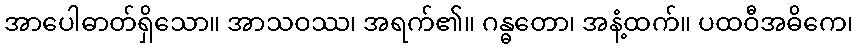
အာပေါဓာတ်ရှိသော။ အာသဝဿ၊ အရက်၏။ ဂန္ဓတော၊ အနံ့ထက်။ ပထဝီအဓိကေ၊